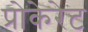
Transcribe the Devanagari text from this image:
प्रोकेरेट